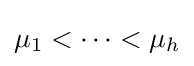
\mu _{1}<\cdots <\mu _{h}